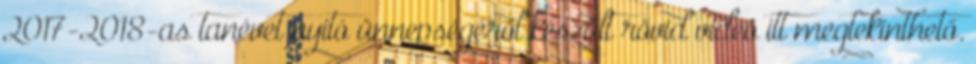
2017-2018-as tanévet nyitó ünnepségéről készült rövid videó itt megtekinthető.